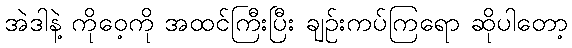
အဲဒါနဲ့ ကိုဝေ့ကို အထင်ကြီးပြီး ချဉ်းကပ်ကြရော ဆိုပါတော့